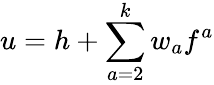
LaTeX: u=h+\sum_{a=2}^{k}w_{a}f^{a}